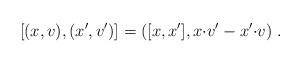
LaTeX: \begin{align*} [(x,v), (x',v')]=([x,x'], x{\cdot}v'-x'{\cdot}v) \ .\end{align*}